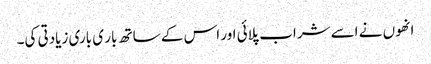
انھوں نے اسے شراب پلائی اور اس کے ساتھ بار ی باری زیادتی کی۔